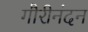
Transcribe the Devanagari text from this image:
गौरीनंदन